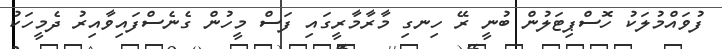
ފުވައްމުލަކު ހޮސްޕިޓަލުން ބުނީ ރޭ ހިނގި މާރާމާރީގައި ފަސް މީހުން ގެނެސްފައިވާއިރު ދެމީހަކު